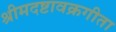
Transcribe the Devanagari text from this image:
श्रीमदष्टावक्रगीता